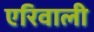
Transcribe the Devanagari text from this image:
एरिवाली